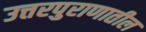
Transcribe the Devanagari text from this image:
उत्तरपुराणातील